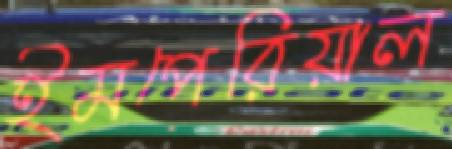
ইমপেরিয়াল